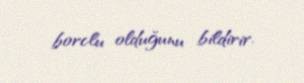
borclu olduğunu bildirir.